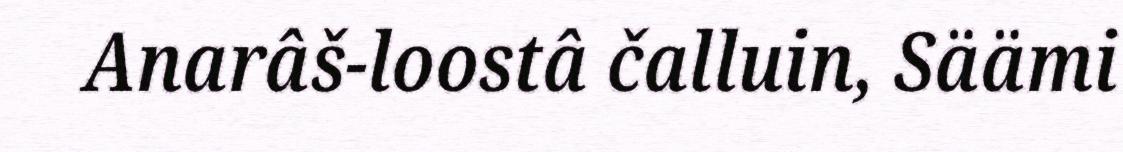
Anarâš-loostâ čalluin, Säämi